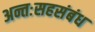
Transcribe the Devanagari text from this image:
अन्तःसहसंबंध